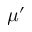
\mu ^ { \prime }